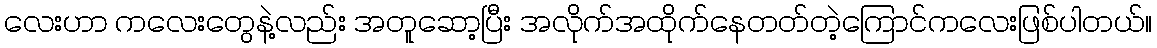
လေးဟာ ကလေးတွေနဲ့လည်း အတူဆော့ပြီး အလိုက်အထိုက်နေတတ်တဲ့ကြောင်ကလေးဖြစ်ပါတယ်။